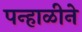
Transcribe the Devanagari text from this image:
पन्हाळीने